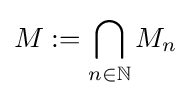
M:=\bigcap _{n\in \mathbb {N} }M_{n}